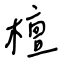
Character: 檀